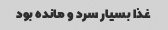
غذا بسیار سرد و مانده بود